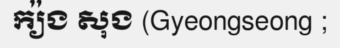
ក្យ៉ង សុង (Gyeongseong ;